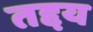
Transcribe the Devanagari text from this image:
तद्दय